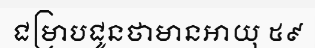
ជម្រាបជូនថាមានអាយុ ៥៩